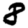
Digit: 8